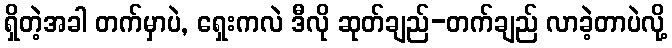
ရှိတဲ့အခါ တက်မှာပဲ, ရှေးကလဲ ဒီလို ဆုတ်ချည်-တက်ချည် လာခဲ့တာပဲလို့